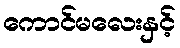
ကောင်မလေးနှင့်